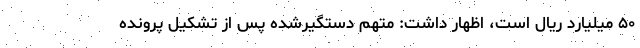
۵۰ میلیارد ریال است، اظهار داشت: متهم دستگیرشده پس از تشکیل پرونده